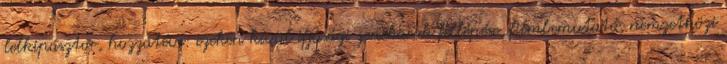
lelkipásztor, hozzátéve: ezeken kívül ifjúsági zenekarok fellépése, filmbemutató, nemzetközi